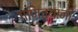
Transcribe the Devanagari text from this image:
गणित्यानीं